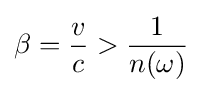
\beta ={\frac {v}{c}}>{\frac {1}{n(\omega )}}